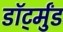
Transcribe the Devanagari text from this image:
डॉर्ट्मुंड